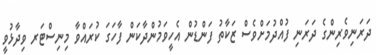
ދަރަނިވެރިންގެ ދަރަނި ފުއްދުމަށްވެސް ޒަކާތު ފަންޑުން އެހީވަމުންދާކަން ފާހަގަ ކުރައްވާ މިނިސްޓަރ ވިދާޅުވީ